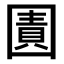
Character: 𭍬